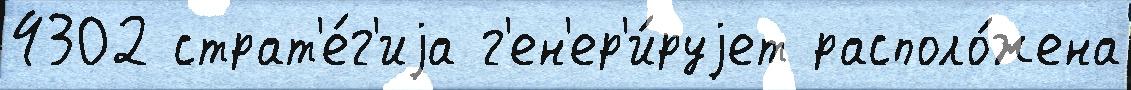
4302 страт'е́г'иjа г'ен'ер'и́руjет располо́жена